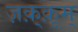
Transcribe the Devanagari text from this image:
ज़क़्क़ूम्